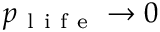
p _ { \mathrm { ~ l ~ i ~ f ~ e ~ } } \rightarrow 0